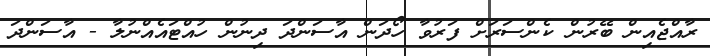
ރާއްޖެއިން ބޭރުން ކެންސަރަށް ފަރުވާ ހޯދަން އާސަންދަ ދިނުން ހުއްޓައެއްނުލާ - އާސަންދަ